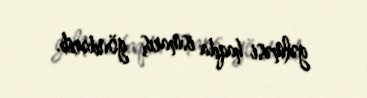
gəlməsi haqda ismarış göndərib.